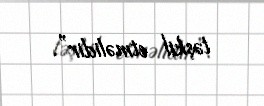
təşkil etməlidir”.